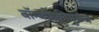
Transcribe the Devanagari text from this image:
बॉम्बफेकीमुळेच